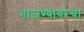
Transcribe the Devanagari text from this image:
भाजण्यावरचा